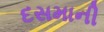
દસમાની